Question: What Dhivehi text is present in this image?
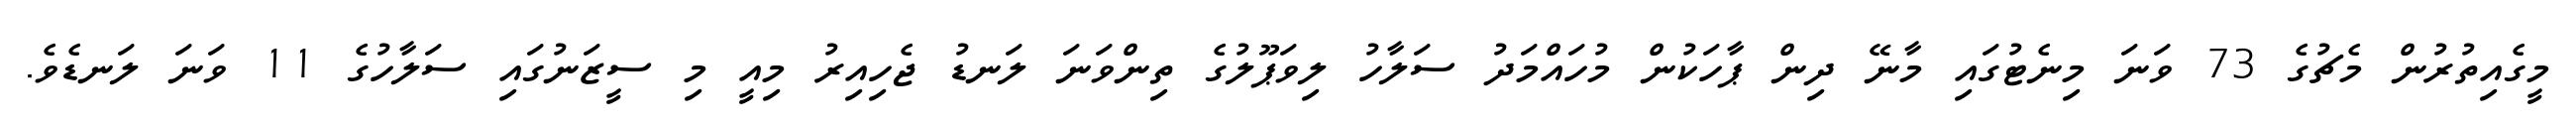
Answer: މީގެއިތުރުން މެޗުގެ 73 ވަނަ މިނެޓުގައި މާނޭ ދިން ޕާހަކުން މުހައްމަދު ސަލާހު ލިވަޕޫލުގެ ތިންވަނަ ލަނޑު ޖެހިއިރު މިއީ މި ސީޒަނުގައި ސަލާހުގެ 11 ވަނަ ލަނޑެވެ.